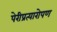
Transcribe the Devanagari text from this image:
पेरीप्रत्यारोपण